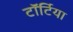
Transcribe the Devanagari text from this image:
टॉर्टिया